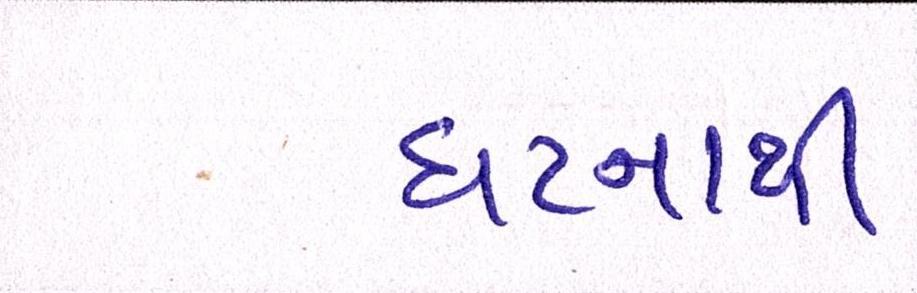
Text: ઘટનાથી